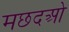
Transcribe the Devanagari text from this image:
मछदओ